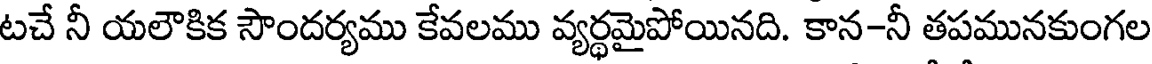
టచే నీ యలౌకిక సౌందర్యము కేవలము వ్యర్థమైపోయినది. కాన-నీ తపమునకుంగల